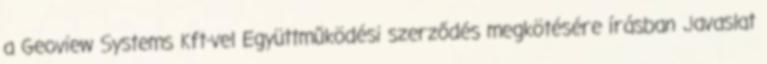
a Geoview Systems Kft-vel Együttműködési szerződés megkötésére írásban Javaslat